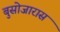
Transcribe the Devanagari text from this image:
बुसोजारास